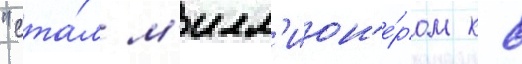
"ста́л м'илл'ион'е́ром к 8